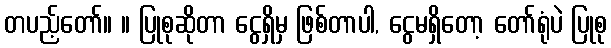
တပည့်တော်။ ။ ပြုစုဆိုတာ ငွေရှိမှ ဖြစ်တာပါ, ငွေမရှိတော့ တော်ရုံပဲ ပြုစု